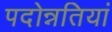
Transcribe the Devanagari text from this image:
पदोन्नतियां